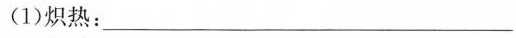
(1)炽热：___